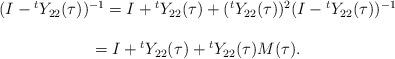
LaTeX: \begin{align*}\begin{array}{c}\displaystyle(I-{}^tY_{22}(\tau))^{-1}\displaystyle=I+{}^tY_{22}(\tau)+({}^tY_{22}(\tau))^2(I-{}^tY_{22}(\tau))^{-1}\\\\\displaystyle=I+{}^tY_{22}(\tau)+{}^tY_{22}(\tau)M(\tau).\end{array}\end{align*}